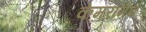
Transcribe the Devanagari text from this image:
केमरामेन